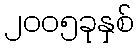
၂၀၀၅ခုနှစ်